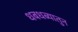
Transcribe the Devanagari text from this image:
धबधब्यातुन